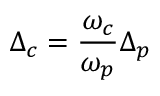
\Delta _ { c } = \frac { \omega _ { c } } { \omega _ { p } } \Delta _ { p }